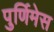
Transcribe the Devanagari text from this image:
पुर्णिमेस